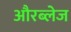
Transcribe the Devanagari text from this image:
औरब्लेज